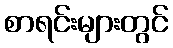
စာရင်းများတွင်